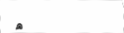
٣